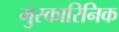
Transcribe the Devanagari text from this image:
मुस्कारिनिक